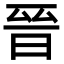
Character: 晉